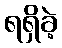
ရရှိခဲ့